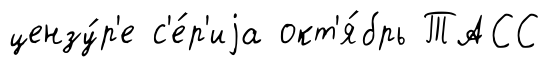
цензу́р'е с'е́р'иjа окт'я́брь ТАСС